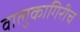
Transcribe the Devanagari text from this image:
वालुकागिरीच